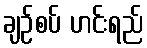
ချဉ်စပ် ဟင်းရည်